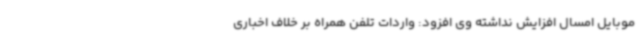
موبایل امسال افزایش نداشته وی افزود: واردات تلفن همراه بر خلاف اخباری